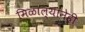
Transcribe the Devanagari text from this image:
मिळाल्यानेही